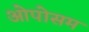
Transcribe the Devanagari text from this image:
ओपोसम